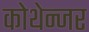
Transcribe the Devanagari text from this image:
कोथेन्जर